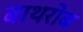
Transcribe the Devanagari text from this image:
बाथरोब